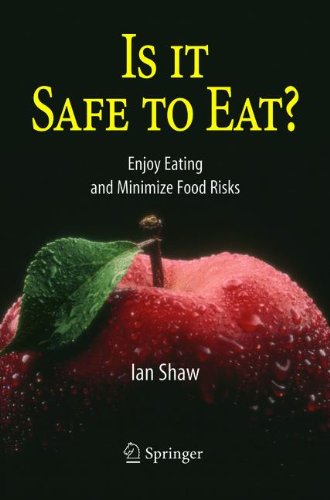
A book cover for Is it Safe to Eat?: Enjoy Eating and Minimize Food Risks; Ian Shaw; Medical Books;